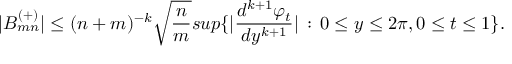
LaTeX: | B _ { m n } ^ { ( + ) } | \leq ( n + m ) ^ { - k } \sqrt { { \frac { n } { m } } } s u p \{ | { \frac { d ^ { k + 1 } \varphi _ { t } } { d y ^ { k + 1 } } } | \, : \, 0 \leq y \leq 2 \pi , 0 \leq t \leq 1 \} .